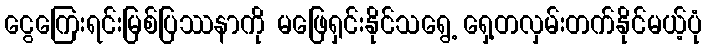
ငွေကြေးရင်းမြစ်ပြဿနာကို မဖြေရှင်းနိုင်သရွေ့ ရှေ့တလှမ်းတက်နိုင်မယ့်ပုံ